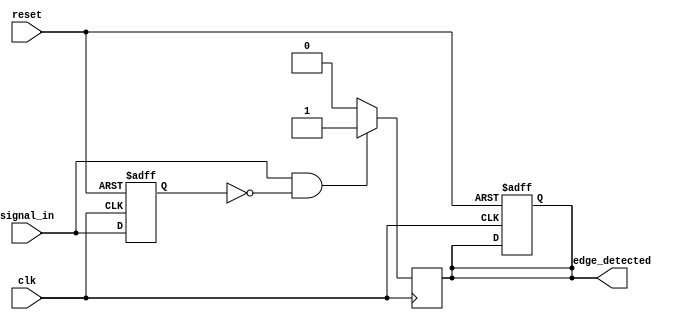
module rising_edge_detector (
    input wire clk,          // Clock signal
    input wire reset,        // Asynchronous reset signal
    input wire signal_in,    // Input signal to detect rising edge
    output reg edge_detected  // Output pulse indicating rising edge
);

// Internal signal to hold the previous state of the input signal
reg previous_state;

// Always block to sample the input signal on the rising edge of the clock
always @(posedge clk or posedge reset) begin
    if (reset) begin
        previous_state <= 1'b0; // Reset previous state to low
        edge_detected <= 1'b0;   // Reset edge detected output
    end else begin
        previous_state <= signal_in; // Capture current state of input signal
    end
end

// Always block to detect rising edge
always @(posedge clk) begin
    // Generate pulse when a rising edge is detected
    if (signal_in && !previous_state) begin
        edge_detected <= 1'b1; // Signal rising edge detected
    end else begin
        edge_detected <= 1'b0;  // No rising edge detected
    end
end

endmodule